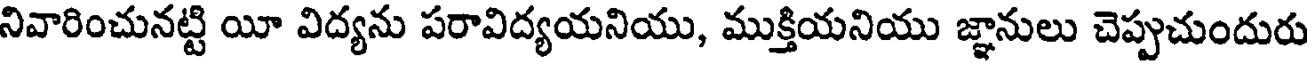
నివారించునట్టి యీ విద్యను పరావిద్యయనియు, ముక్తియనియు జ్ఞానులు చెప్పుచుందురు